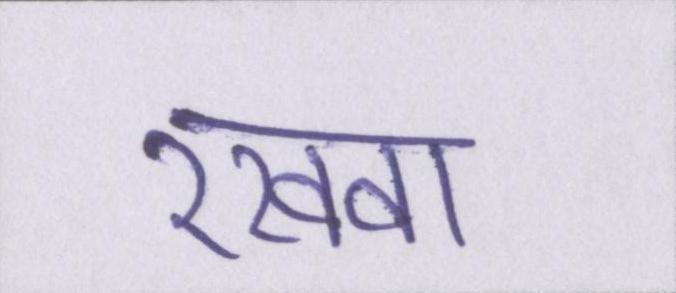
रखवा